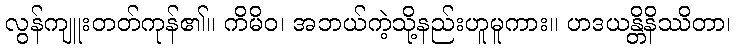
လွန်ကျူးတတ်ကုန်၏။ ကိမိဝ၊ အဘယ်ကဲ့သို့နည်းဟူမူကား။ ဟဒယန္တိနိဿိတာ၊